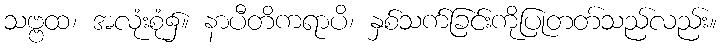
သဗ္ဗထ၊ အလုံးစုံ၌။ နာပီတိကရာပိ၊ နှစ်သက်ခြင်းကိုပြုတတ်သည်လည်း။